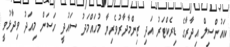
ކައުންސިލް އިދާރާގެ ޑިރެކްޓަރު އަދި ޒިންމާދާރުވެރިޔާ މުހައްމަދު ސައުދީ ހަސަން މިއަދު ވިދާޅުވީ